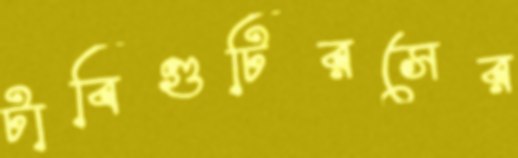
টাবিগুটিরসের